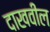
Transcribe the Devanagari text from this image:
दाखवील